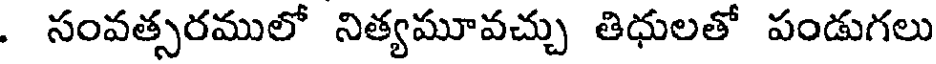
. సంవత్సరములో నిత్యమూవచ్చు తిధులతో పండుగలు